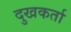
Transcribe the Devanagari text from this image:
दुखकर्ता